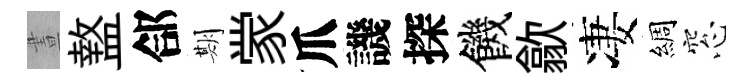
晝盩郃期䝉爪譏探饑歙凄綢窓